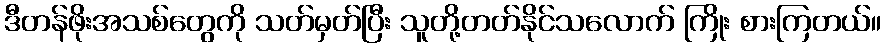
ဒီတန်ဖိုးအသစ်တွေကို သတ်မှတ်ပြီး သူတို့တတ်နိုင်သလောက် ကြိုး စားကြတယ်။